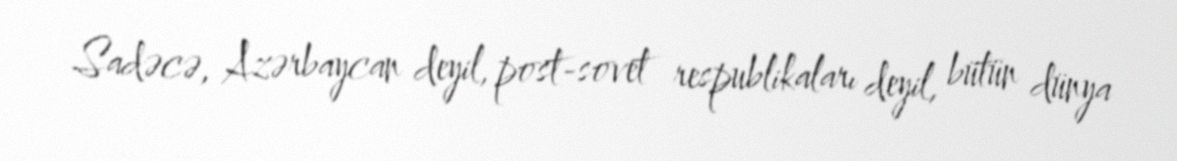
Sadəcə, Azərbaycan deyil, post-sovet respublikaları deyil, bütün dünya